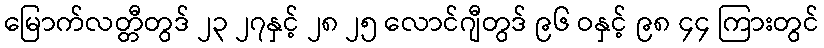
မြောက်လတ္တီတွဒ် ၂၃ ၂၇နှင့် ၂၈ ၂၅ လောင်ဂျီတွဒ် ၉၆ ဝနှင့် ၉၈ ၄၄ ကြားတွင်